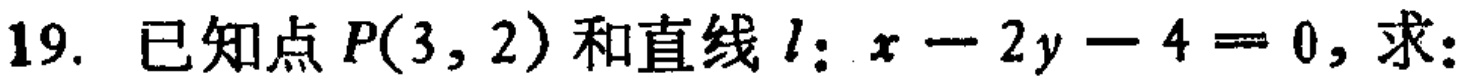
19. 已知点 \(P(3,2)\) 和直线 \(l:x - 2y - 4 = 0\)，求：